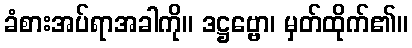
ခံစားအပ်ရာအခါကို။ ဒဋ္ဌဗ္ဗော၊ မှတ်ထိုက်၏။